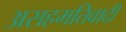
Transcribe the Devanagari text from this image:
असहमतिवादी